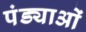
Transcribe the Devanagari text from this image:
पंड्याओं